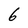
Character: 6